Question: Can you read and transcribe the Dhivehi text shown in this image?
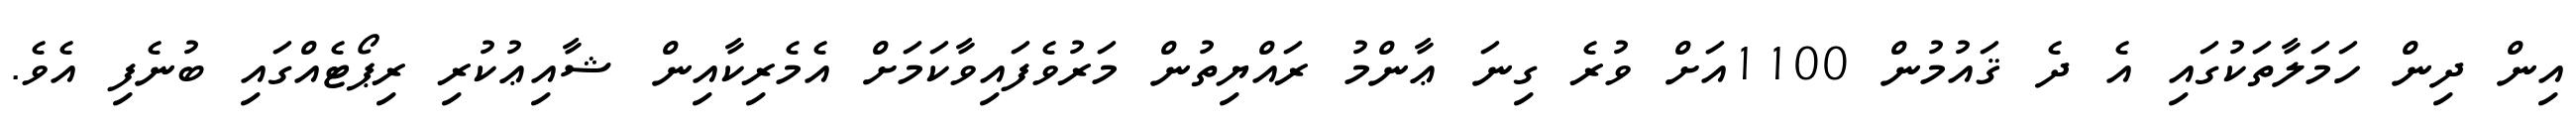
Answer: އިން ދިން ހަމަލާތަކުގައި އެ ދެ ޤައުމުން 1100އަށް ވުރެ ގިނަ ޢާންމު ރައްޔިތުން މަރުވެފައިވާކަމަށް އެމެރިކާއިން ޝާއިޢުކުރި ރިޕޯޓެއްގައި ބުނެފި އެވެ.